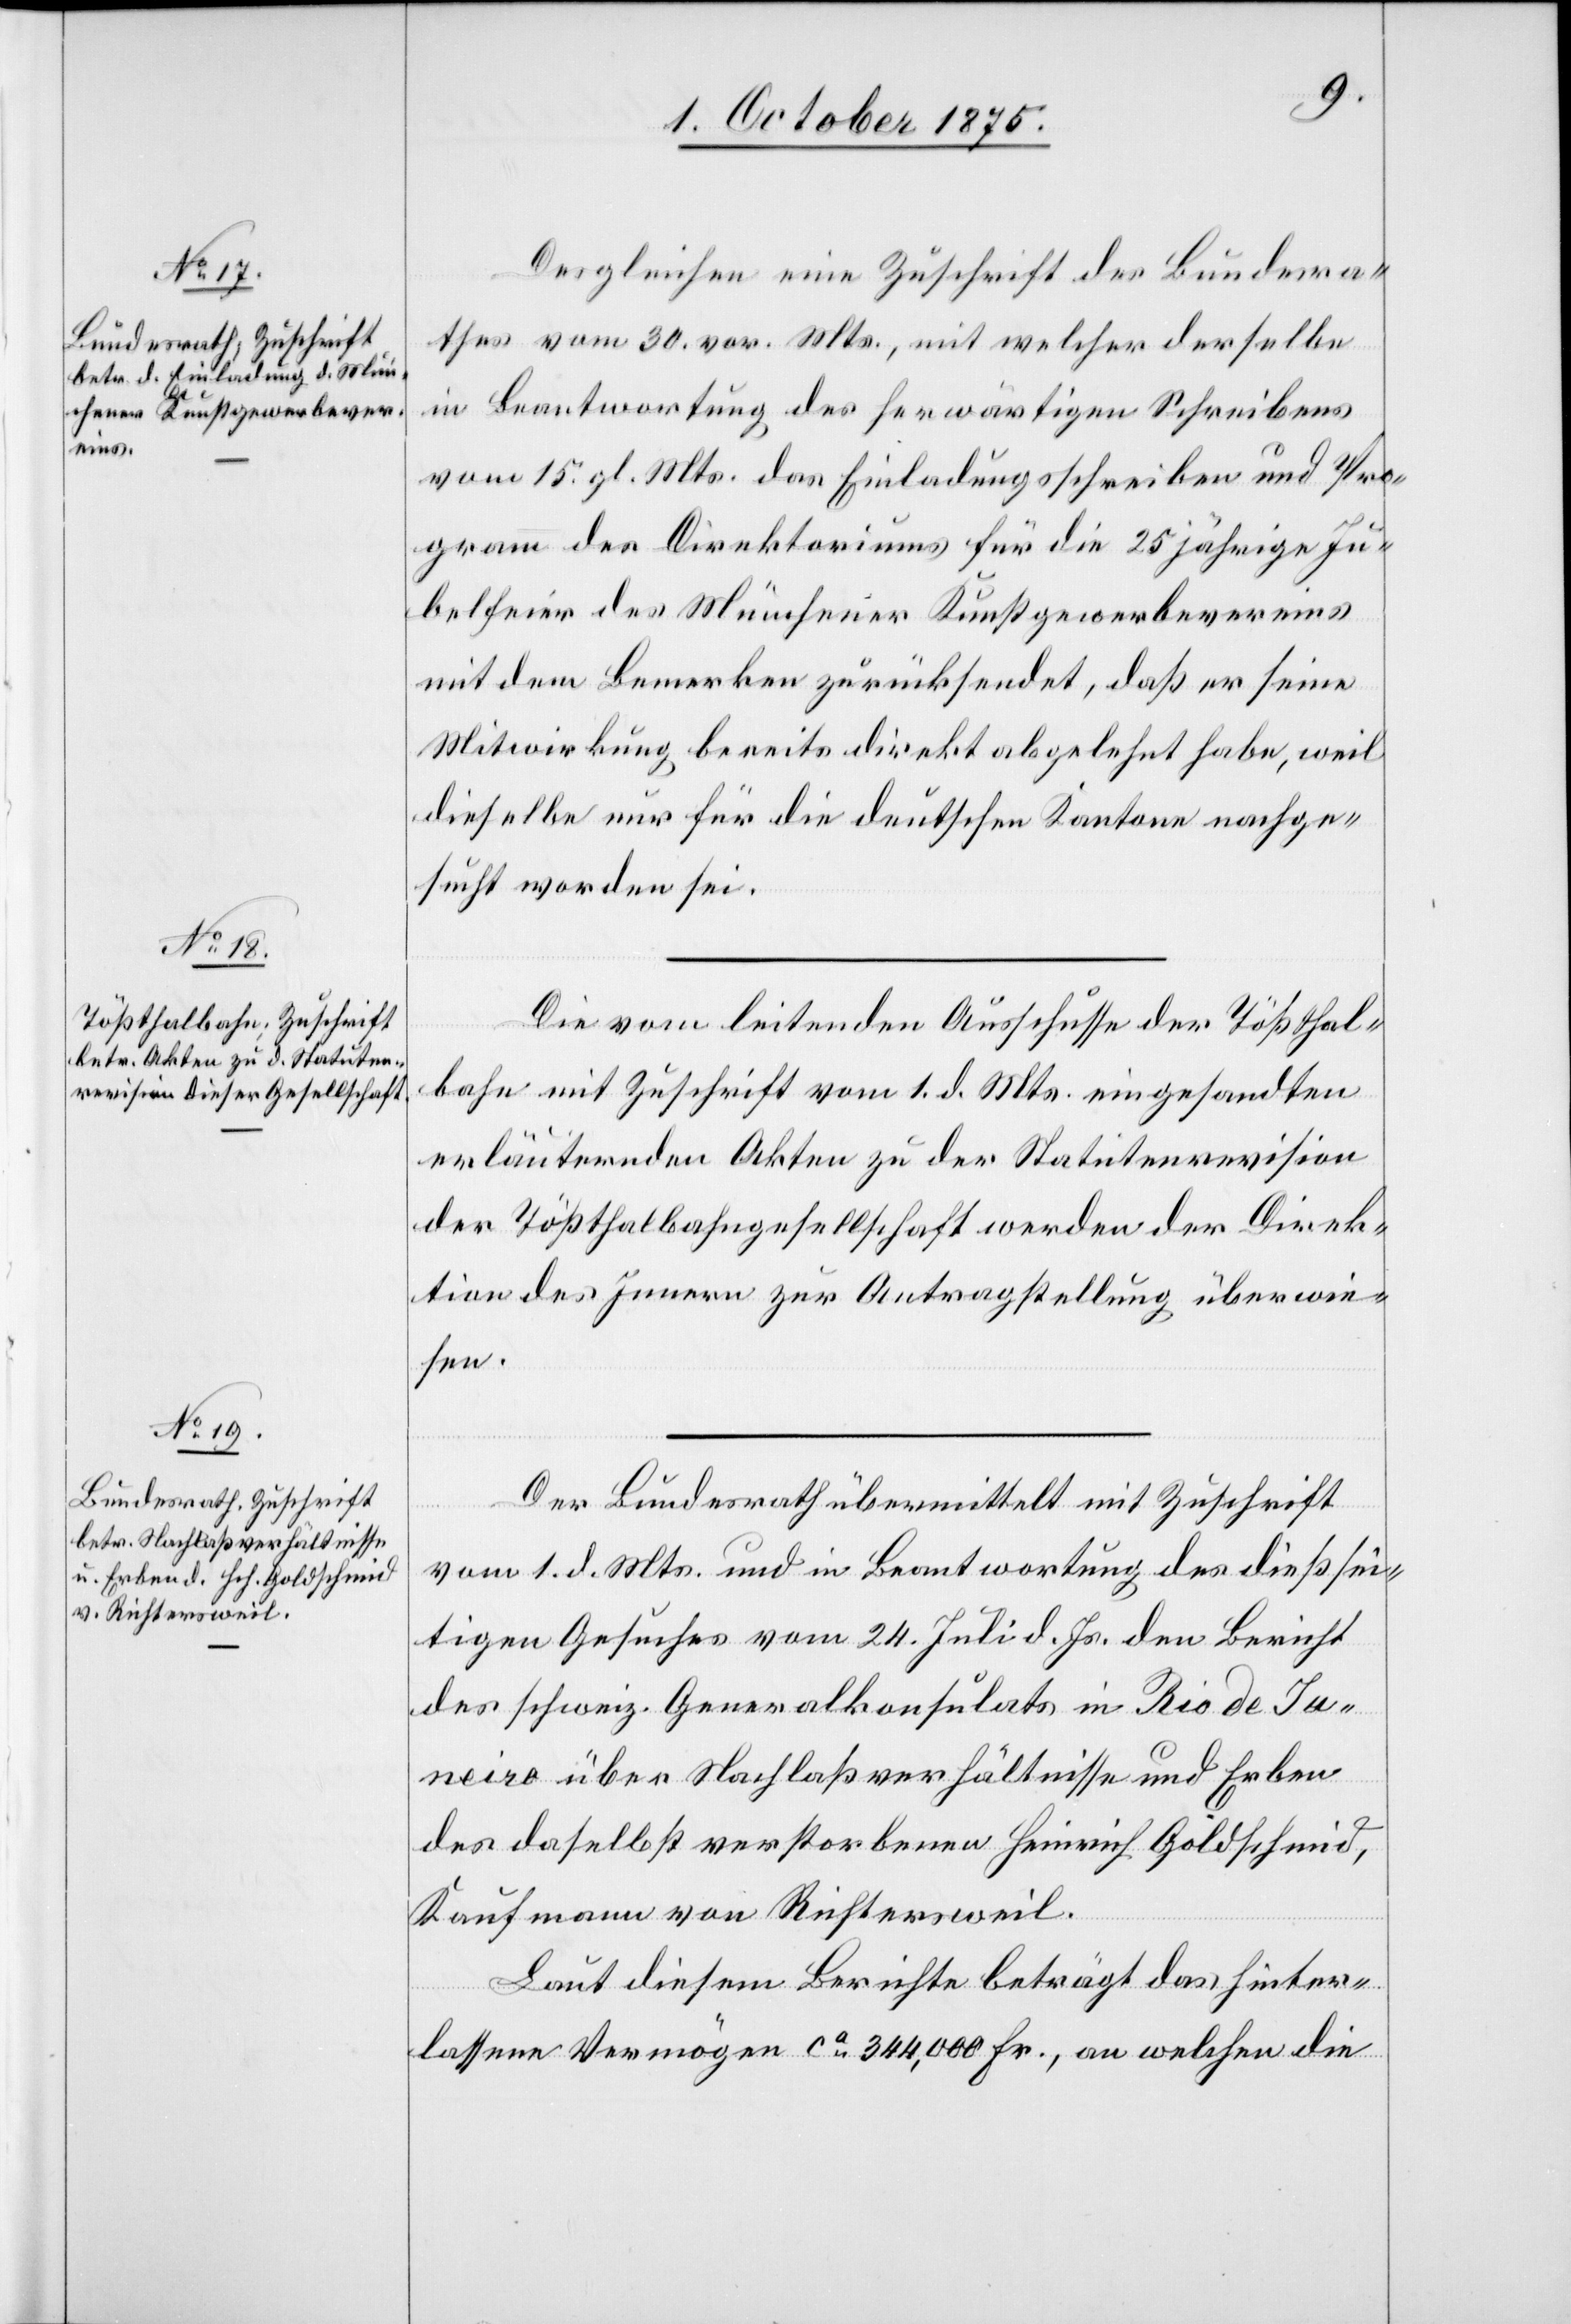
5. October 1875.]
Desgleichen eine Zuschrift des Bundesra¬
thes vom 30. vor. Mts, mit welcher derselbe
in Beantwortung des herwärtigen Schreibens
vom 15. gl. Mts. das Einladungsschreibens und Pro¬
gramm des Direktoriums für die 25 jährige Ju¬
belfeier des Münchner Kunstgewerbevereins
mit dem Bemerken zurückgesendet, daß er seine
Mitwirkung bereits direkt abgelehnt habe, weil
dieselbe nur für die deutschen Kantone nachge¬
sucht worden sei.
Die vom leitenden Ausschusse der Tößthal¬
bahn mit Zuschrift vom 1. d. Mts. eingesandten
erläuternden Akten zu der Statutenrevision
der Tößthalbahngesellschaft werden der Direk¬
tion des Innern zur Antragstellung überwie¬
sen.
Der Bundesrath übermittelt mit Zuschrift
vom 1. d. Mts. und in Beantwortung des dießsei¬
tigen Gesuches vom 24. Juli d. Js. den Bericht
des schweiz. Generalkonsulats in Rio de Ja¬
neiro über Nachlaßverhältnisse und Erben
des daselbst verstorbenen Heinrich Goldschmid,
Kaufmann von Richtersweil.
Laut diesem Berichte beträgt das hinter¬
lassene Vermögen ca 344,000 Fr., an welchen die